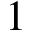
1